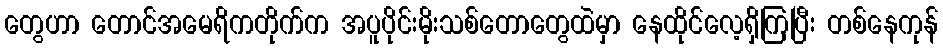
တွေဟာ တောင်အမေရိကတိုက်က အပူပိုင်းမိုးသစ်တောတွေထဲမှာ နေထိုင်လေ့ရှိကြပြီး တစ်နေကုန်